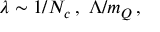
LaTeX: \lambda \sim 1 / N _ { c } \, , \, \, \Lambda / m _ { Q } \, ,